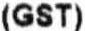
(GST)